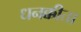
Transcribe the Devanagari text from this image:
धनक्कीता